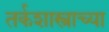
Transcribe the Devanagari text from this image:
तर्कशास्त्राच्या